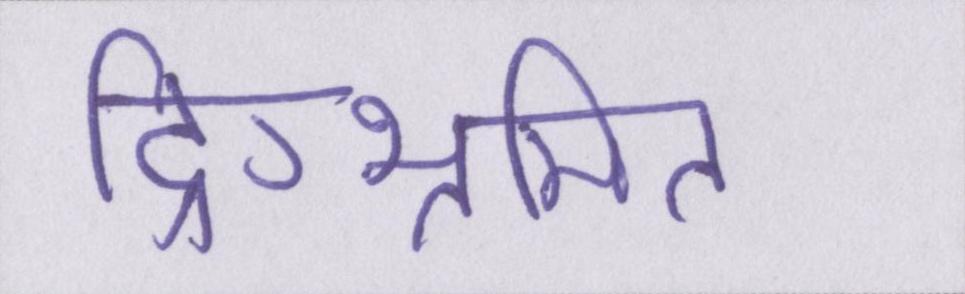
दिग्भ्रमित